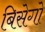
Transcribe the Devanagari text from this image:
बिसेगो